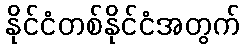
နိုင်ငံတစ်နိုင်ငံအတွက်